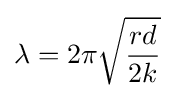
\lambda ={2\pi }{\sqrt {\frac {rd}{2k}}}